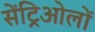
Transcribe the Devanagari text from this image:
सेंट्रिओलों